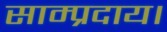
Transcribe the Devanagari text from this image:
साम्प्रदाय।